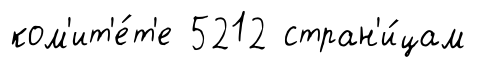
ком'ит'е́т'е 5212 стран'и́цам